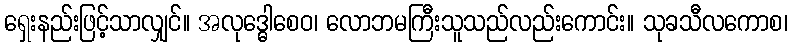
ရှေးနည်းဖြင့်သာလျှင်။ အလုဒ္ဓေါစေဝ၊ လောဘမကြီးသူသည်လည်းကောင်း။ သုခသီလကောစ၊